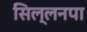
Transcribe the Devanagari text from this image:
सिल्लनपा